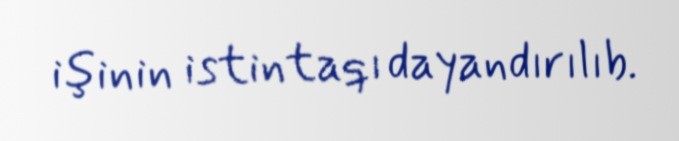
işinin istintaqı dayandırılıb.